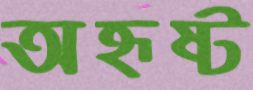
অহৃষ্ট